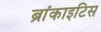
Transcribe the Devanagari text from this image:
ब्रांकाइटिस